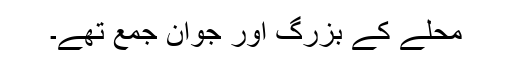
محلے کے بزرگ اور جوان جمع تھے۔